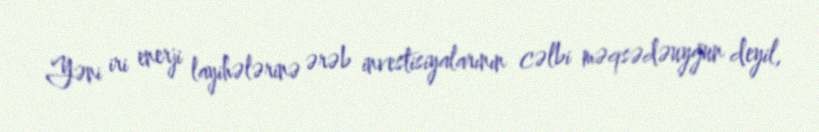
Yəni iri enerji layihələrinə ərəb investisiyalarının cəlbi məqsədəuyğun deyil,